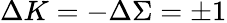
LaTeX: \Delta K=-\Delta\Sigma=\pm 1